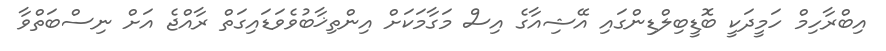
އިބްރާހިމް ހަމީދަކީ ބޮޑީބިލްޑިންގައި އޭޝިއާގެ އިސް މަގާމަކަށް އިންތިޚާބުވެވަޑައިގަތް ރާއްޖެ އަށް ނިސްބަތްވާ